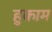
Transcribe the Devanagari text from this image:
हुकाम